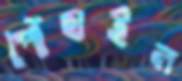
পৌঁছাইল